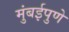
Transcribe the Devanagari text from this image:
मुंबईपुणे